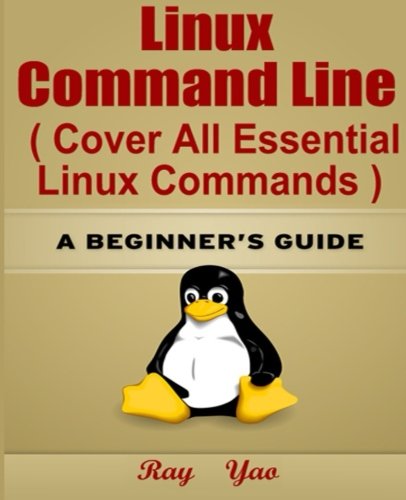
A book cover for Linux: Linux Command Line, Cover all essential Linux commands.: A Beginner's Guide; Ray Yao; Computers & Technology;